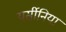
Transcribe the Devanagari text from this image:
यर्सीनिया